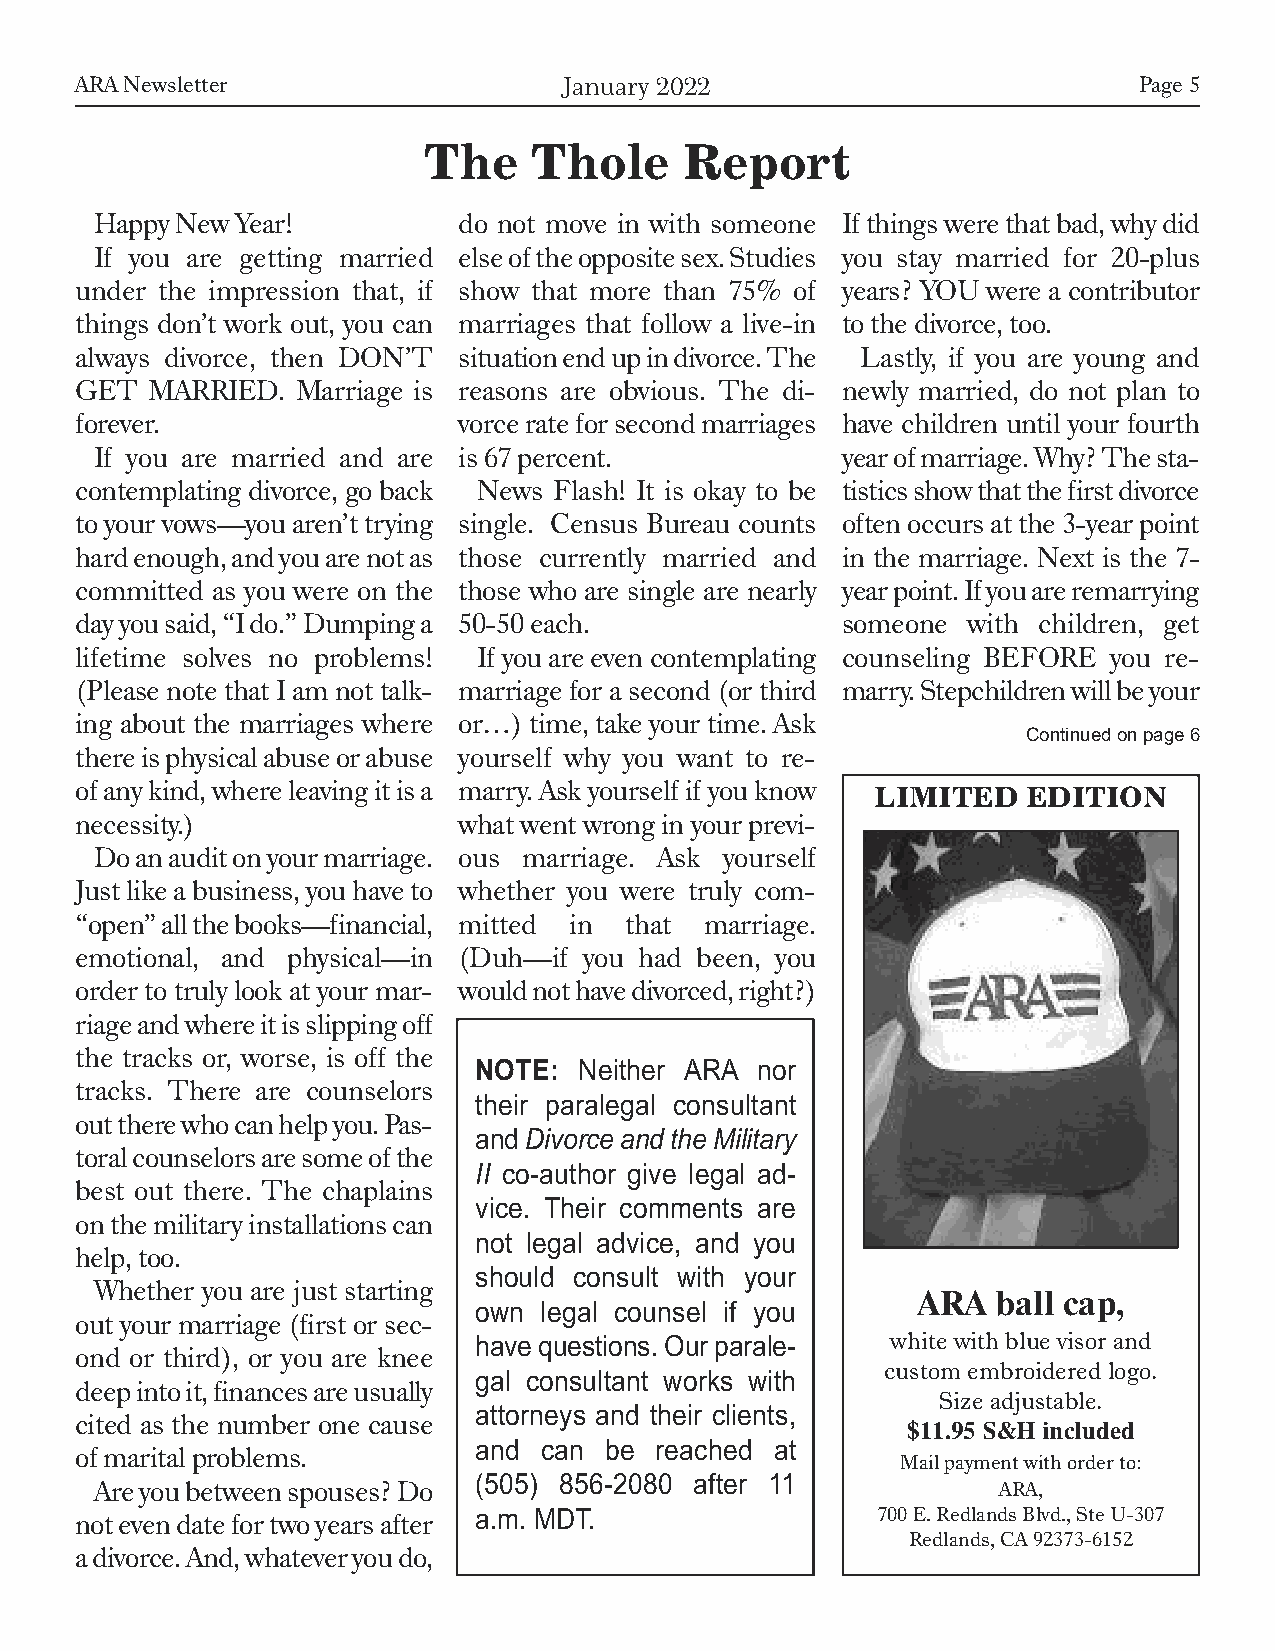
ARA Newsletter                  January 2022                          Page 5
 The    Thole     Report
 Happy New Year!         do not move in with someone If things were that bad, why did
 If you are getting married else of the opposite sex. Studies you stay married for 20-plus
 under the impression that, if show that more than 75% of years? YOU were a contributor
 things don’t work out, you can marriages that follow a live-in to the divorce, too.
 always divorce, then DON’T situation end up in divorce. The Lastly, if you are young and
 GET  MARRIED.  Marriage is reasons are obvious. The di- newly married, do not plan to
 forever.                 vorce rate for second marriages have children until your fourth
 If you are married and are is 67 percent.         year of marriage. Why? The sta-
 contemplating divorce, go back News Flash! It is okay to be tistics show that the first divorce
 to your vows—you aren’t trying single. Census Bureau counts often occurs at the 3-year point
 hard enough, and you are not as those currently married and in the marriage. Next is the 7-
 committed as you were on the those who are single are nearly year point. If you are remarrying
 day you said, “I do.” Dumping a 50-50 each.        someone with children, get
 lifetime solves no problems! If you are even contemplating counseling BEFORE you re-
 (Please note that I am not talk- marriage for a second (or third marry. Stepchildren will be your
 ing about the marriages where or…) time, take your time. Ask
 Continued on page 6
 there is physical abuse or abuse yourself why you want to re-
 of any kind, where leaving it is a marry. Ask yourself if you know
 LIMITED   EDITION
 necessity.)              what went wrong in your previ-
 Do an audit on your marriage. ous marriage. Ask yourself
 Just like a business, you have to whether you were truly com-
 “open” all the books—financial, mitted in that marriage.
 emotional, and physical—in (Duh—if you had been, you
 order to truly look at your mar- would not have divorced, right?)
 riage and where it is slipping off
 the tracks or, worse, is off the
 NOTE:  Neither ARA nor
 tracks. There are counselors
 their paralegal consultant
 out there who can help you. Pas-
 and Divorce and the Military
 toral counselors are some of the
 II co-author give legal ad-
 best out there. The chaplains
 vice. Their comments are
 on the military installations can
 not legal advice, and you
 help, too.
 should consult with your
 Whether you are just starting
 ARA  ball cap,
 own  legal counsel if you
 out your marriage (first or sec-
 white with blue visor and
 ond or third), or you are knee have questions. Our parale-
 custom embroidered logo.
 deep into it, finances are usually gal consultant works with
 Size adjustable.
 cited as the number one cause attorneys and their clients,
 $11.95 S&H included
 of marital problems.      and  can be reached at       Mail payment with order to:
 Are you between spouses? Do (505) 856-2080 after 11         ARA,
 700 E. Redlands Blvd., Ste U-307
 not even date for two years after a.m. MDT.
 Redlands, CA 92373-6152
 a divorce. And, whatever you do,